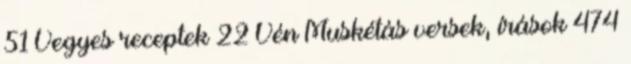
51 Vegyes receptek 22 Vén Muskétás versek, írások 474